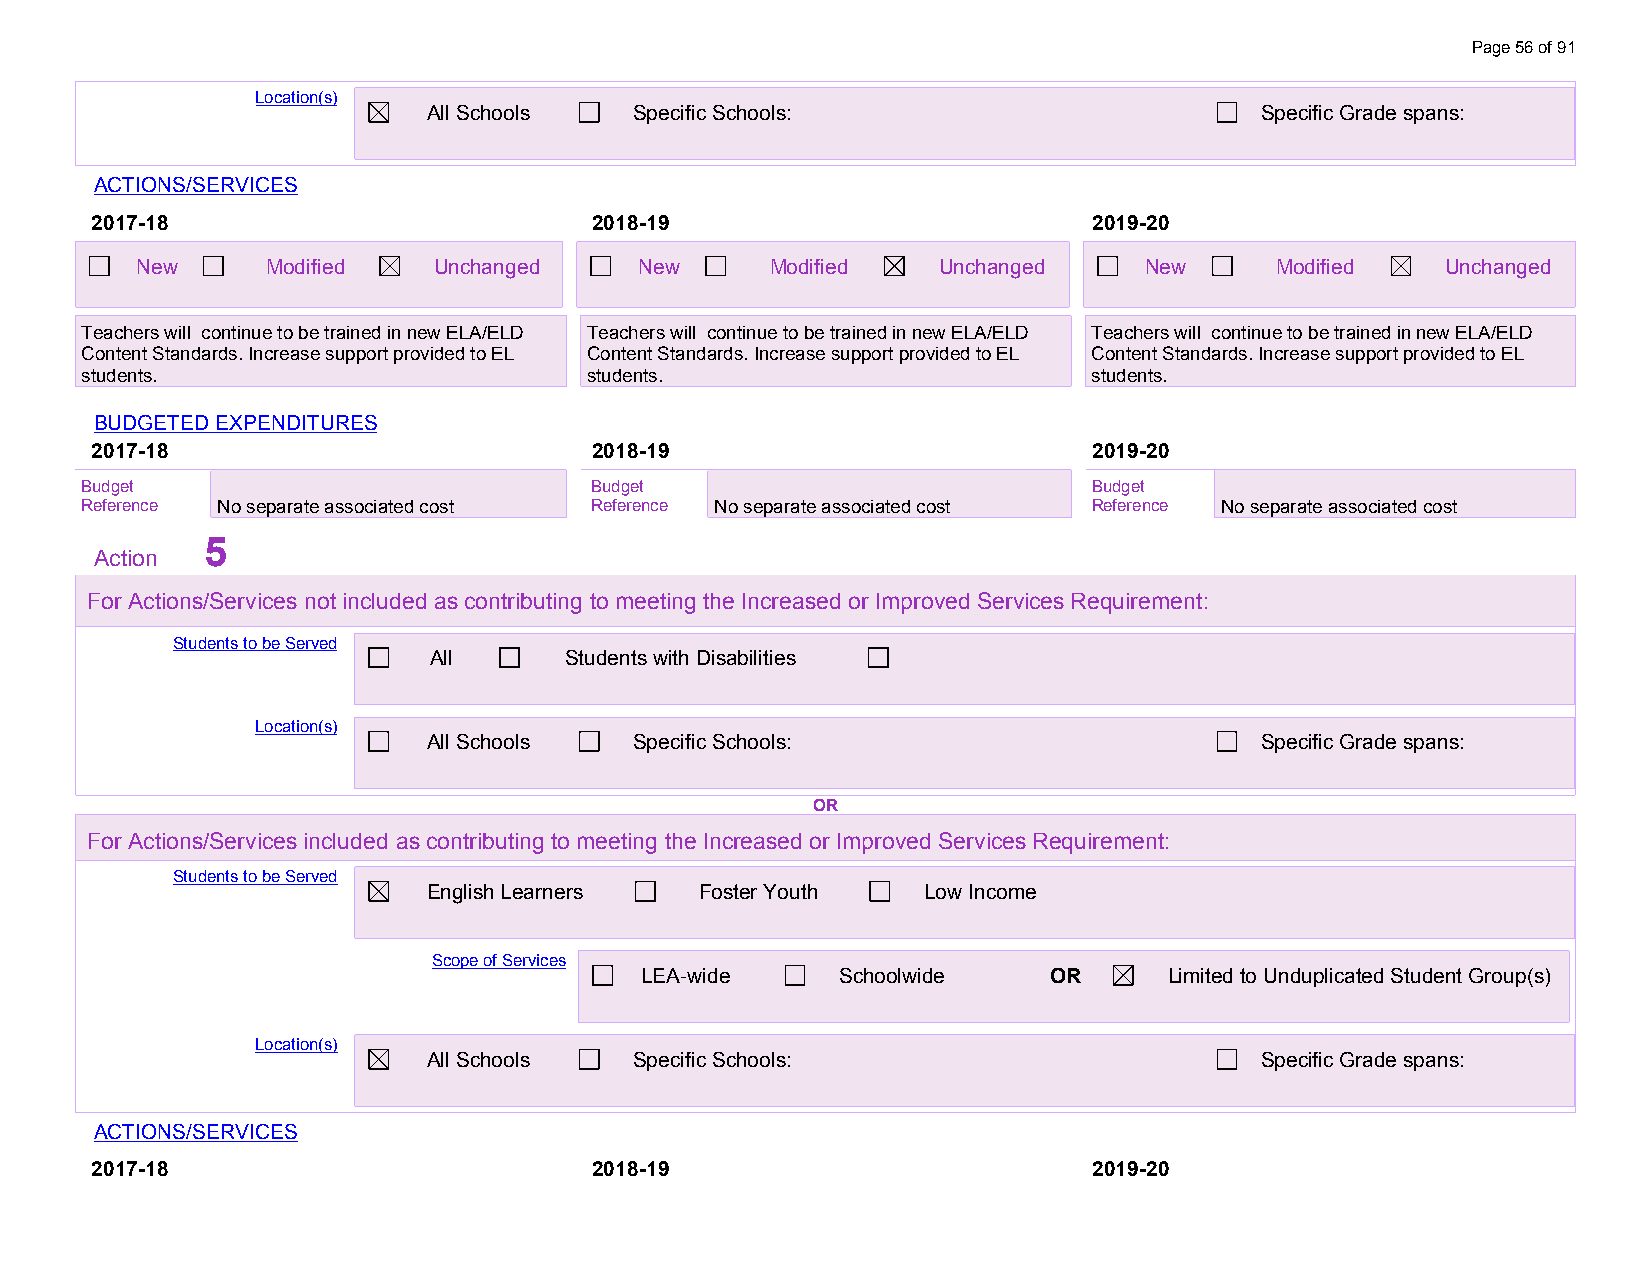
Page 56 of 91
 Location(s)
 All Schools   Specific Schools:                        Specific Grade spans:
 ACTIONS/SERVICES
 2017-18                          2018-19                          2019-20
 New      Modified   Unchanged    New      Modified   Unchanged     New     Modified    Unchanged
 Teachers will continue to be trained in new ELA/ELD Teachers will continue to be trained in new ELA/ELD Teachers will continue to be trained in new ELA/ELD
 Content Standards. Increase support provided to EL Content Standards. Increase support provided to EL Content Standards. Increase support provided to EL
 students.                         students.                        students.
 BUDGETED EXPENDITURES
 2017-18                          2018-19                          2019-20
 Budget                            Budget                           Budget
 Reference No separate associated cost Reference No separate associated cost Reference No separate associated cost
 5
 Action
 For Actions/Services not included as contributing to meeting the Increased or Improved Services Requirement:
 Students to be Served
 All      Students with Disabilities
 Location(s)
 All Schools   Specific Schools:                        Specific Grade spans:
 OR
 For Actions/Services included as contributing to meeting the Increased or Improved Services Requirement:
 Students to be Served
 English Learners  Foster Youth   Low Income
 Scope of Services
 LEA-wide      Schoolwide   OR      Limited to Unduplicated Student Group(s)
 Location(s)
 All Schools   Specific Schools:                        Specific Grade spans:
 ACTIONS/SERVICES
 2017-18                          2018-19                          2019-20